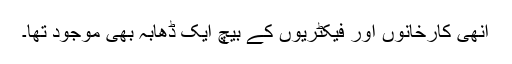
انھی کارخانوں اور فیکٹریوں کے بیچ ایک ڈھابہ بھی موجود تھا۔